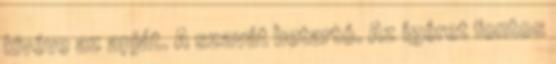
kivéve az apját. A szavát betartó. Az ígéret fontos